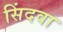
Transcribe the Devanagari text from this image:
सिंदवा